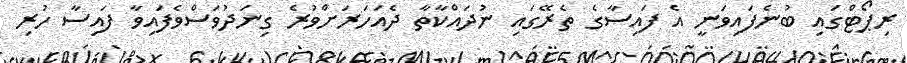
ރިޕޯޓްގައި ބުނެފައިވަނީ އެ ފައިސާގެ ތެރޭގައި ނުދައްކާތާ ދެއަހަރަށްވުރެ ގިނަދުވަސްވެފައިވާ ފައިސާ ހުރި